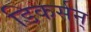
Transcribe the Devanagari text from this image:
डिकर्सन्